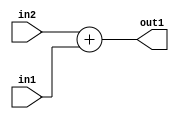
`timescale 1ps / 1ps
/*****************************************************************************
    Verilog RTL Description
    
    
    Created by: Stratus DpOpt 2019.1.01 
*******************************************************************************/

module st_feature_addr_gen_Add_32Ux16U_32U_4_0 (
	in2,
	in1,
	out1
	); /* architecture "behavioural" */ 
input [31:0] in2;
input [15:0] in1;
output [31:0] out1;
wire [31:0] asc001;

assign asc001 = 
	+(in2)
	+(in1);

assign out1 = asc001;
endmodule

/* CADENCE  ubH4Swg= : u9/ySgnWtBlWxVPRXgAZ4Og= ** DO NOT EDIT THIS LINE ******/